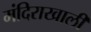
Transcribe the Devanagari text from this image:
मंदिराखाली